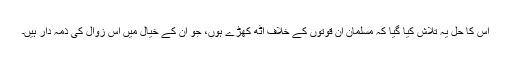
اس کا حل یہ تلاش کیا گیا کہ مسلمان ان قوتوں کے خلاف اٹھ کھڑے ہوں، جو ان کے خیال میں اس زوال کی ذمہ دار ہیں۔